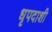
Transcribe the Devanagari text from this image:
धृपदाशी